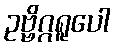
ဥဗ္ဗိဂ္ဂရူပေါ